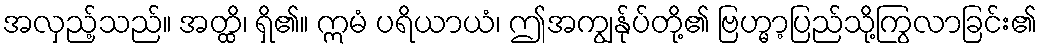
အလှည့်သည်။ အတ္ထိ၊ ရှိ၏။ ဣမံ ပရိယာယံ၊ ဤအကျွန်ုပ်တို့၏ ဗြဟ္မာ့ပြည်သို့ကြွလာခြင်း၏